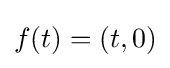
f(t)=(t,0)